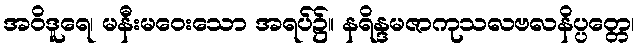
အဝိဒူရေ၊ မနီးမဝေးသော အရပ်၌။ နရိန္ဒမဇာကုသလဗလနိပ္ပတ္တေ၊